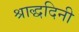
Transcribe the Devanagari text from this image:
श्राद्धदिनी